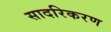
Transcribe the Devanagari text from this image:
सादरिकरण